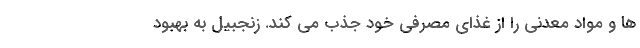
ها و مواد معدنی را از غذای مصرفی خود جذب می کند. زنجبیل به بهبود